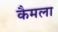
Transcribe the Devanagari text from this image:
कैमला